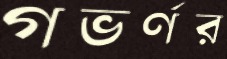
গভর্ণর